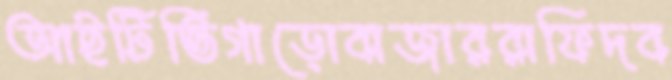
আইটিভিগাড়োবাজাররাফিদব